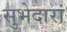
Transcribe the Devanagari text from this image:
सुभेदारां